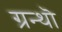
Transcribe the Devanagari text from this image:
ग्रन्थॊ